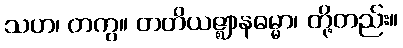
သဟ၊ တကွ။ တတိယဇ္ဈာနဓမ္မာ၊ တို့တည်း။